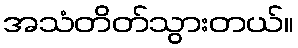
အသံတိတ်သွားတယ်။